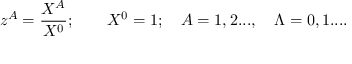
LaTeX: z ^ { A } = { \frac { X ^ { A } } { X ^ { 0 } } } ; \qquad X ^ { 0 } = 1 ; \quad A = 1 , 2 . . . , \quad \Lambda = 0 , 1 . . . .